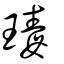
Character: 瑇